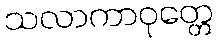
သလာကာဝုတ္တေ